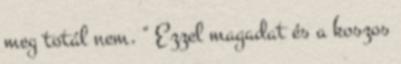
meg totál nem. " Ezzel magadat és a koszos